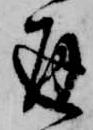
通